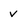
Character: V